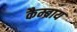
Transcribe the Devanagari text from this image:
कैम्ब्राय